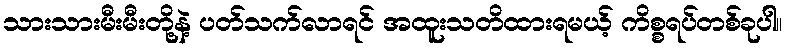
သားသားမီးမီးတို့နဲ့ ပတ်သက်လာရင် အထူးသတိထားရမယ့် ကိစ္စရပ်တစ်ခုပါ။